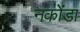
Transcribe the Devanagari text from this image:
नकोंडा